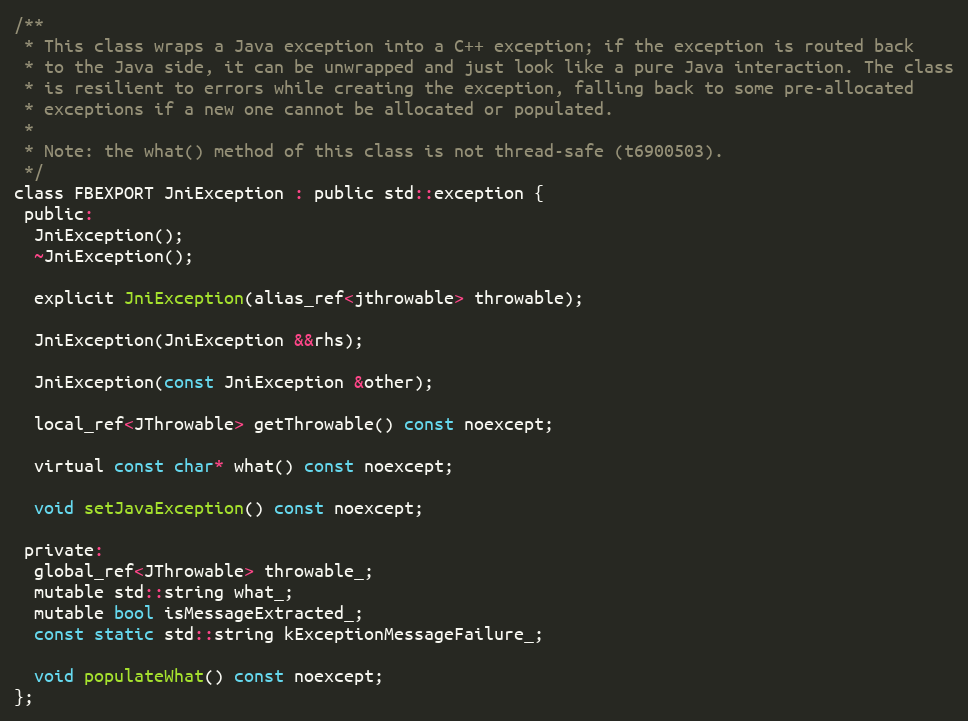
Language: C
/**
 * This class wraps a Java exception into a C++ exception; if the exception is routed back
 * to the Java side, it can be unwrapped and just look like a pure Java interaction. The class
 * is resilient to errors while creating the exception, falling back to some pre-allocated
 * exceptions if a new one cannot be allocated or populated.
 *
 * Note: the what() method of this class is not thread-safe (t6900503).
 */
class FBEXPORT JniException : public std::exception {
 public:
  JniException();
  ~JniException();

  explicit JniException(alias_ref<jthrowable> throwable);

  JniException(JniException &&rhs);

  JniException(const JniException &other);

  local_ref<JThrowable> getThrowable() const noexcept;

  virtual const char* what() const noexcept;

  void setJavaException() const noexcept;

 private:
  global_ref<JThrowable> throwable_;
  mutable std::string what_;
  mutable bool isMessageExtracted_;
  const static std::string kExceptionMessageFailure_;

  void populateWhat() const noexcept;
};